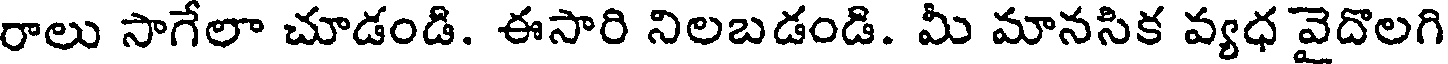
రాలు సాగేలా చూడండి. ఈసారి నిలబడండి. మీ మానసిక వ్యధ వైదొలగి